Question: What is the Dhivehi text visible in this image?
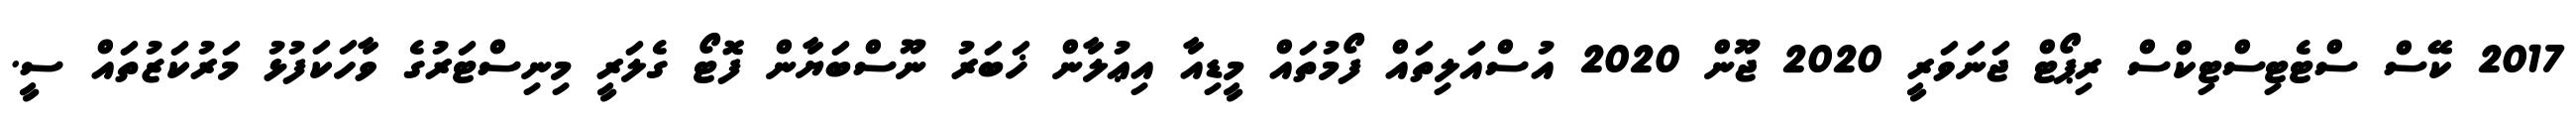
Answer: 2017 ކޭސް ސްޓެޓިސްޓިކްސް ރިޕޯޓް ޖަނަވަރީ 2020 ޖޫން 2020 އުސްއަލިތައް ފޯމުތައް މީޑިއާ އިޢުލާން ޚަބަރު ނޫސްބަޔާން ފޮޓޯ ގެލަރީ މިނިސްޓަރުގެ ވާހަކަފުޅު މަރުކަޒުތައް ސީ.